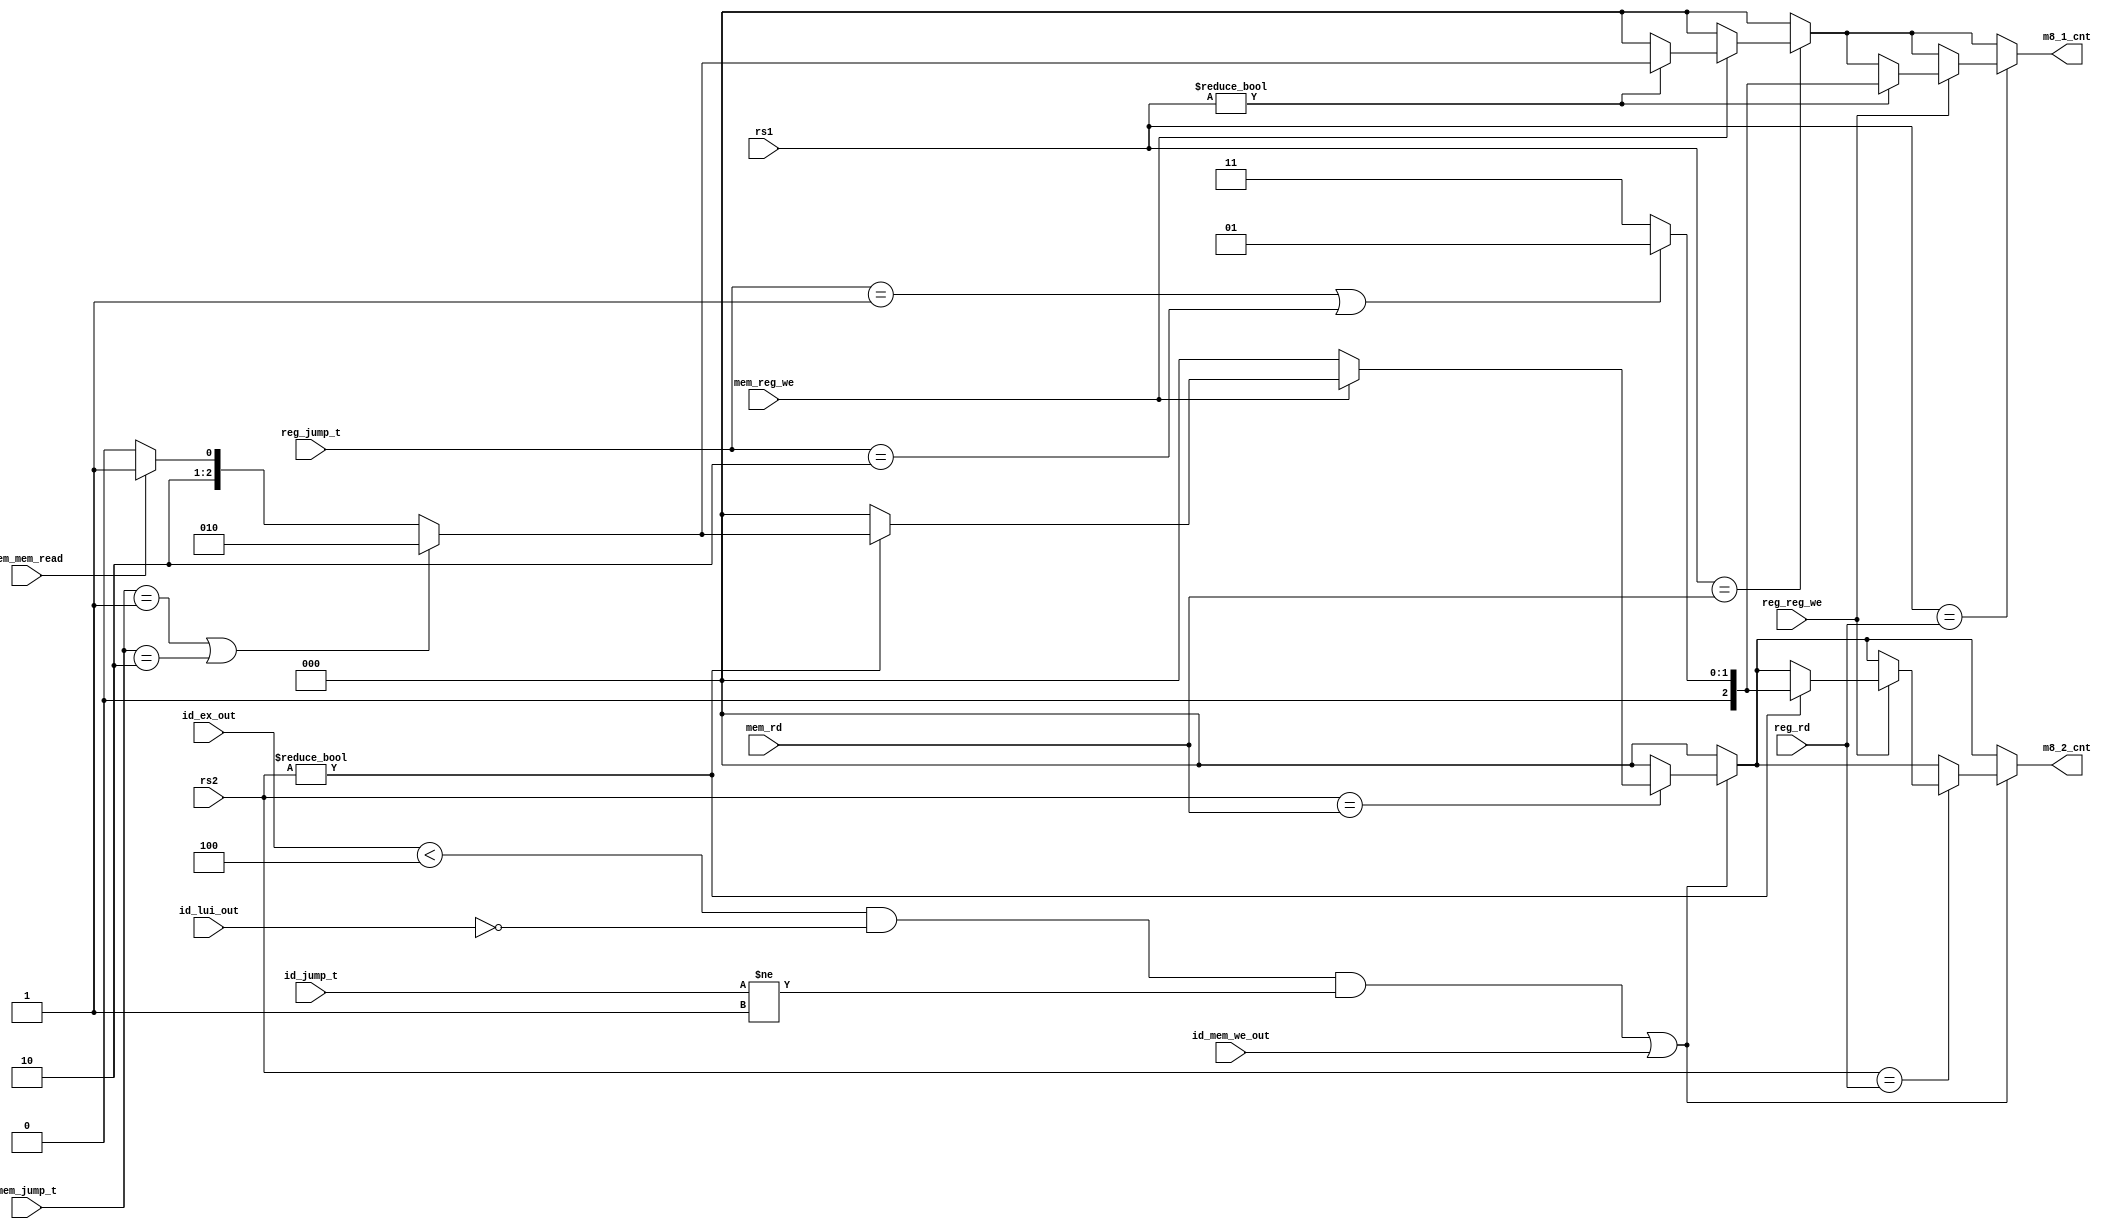
module DataForwarding(id_jump_t, id_mem_we_out, id_ex_out, id_lui_out, rs1, rs2, reg_rd, mem_rd, reg_reg_we, mem_reg_we, mem_mem_read, reg_jump_t, mem_jump_t, m8_1_cnt, m8_2_cnt);
    parameter NO_JUMP = 2'b00;
    parameter JAL = 2'b01;
    parameter JAL_R = 2'b10;

    input [4:0] rs1, rs2, reg_rd, mem_rd;
    input [1:0] reg_jump_t, mem_jump_t, id_jump_t;
    input reg_reg_we, mem_reg_we, mem_mem_read, id_lui_out;
    input id_mem_we_out;
    input [2:0] id_ex_out;
    output reg [2:0] m8_1_cnt, m8_2_cnt;
    wire IS_RS2_VALID;
    assign IS_RS2_VALID = (id_ex_out<3'd4 & ~id_lui_out & id_jump_t != JAL) | id_mem_we_out;

    always@(rs1, rs2, reg_rd, mem_rd, reg_jump_t, mem_jump_t)begin
        {m8_1_cnt, m8_2_cnt} = 6'b0;

        if (rs1 == mem_rd)begin
            if (mem_reg_we == 1'b1)begin
                if (rs1 != 5'b0)begin
                    if (mem_jump_t == JAL | mem_jump_t == JAL_R)begin
                        m8_1_cnt = 3'b010;
                    end
                    else if (mem_mem_read == 1'b1)
                        m8_1_cnt = 3'b101;
                    else begin
                        m8_1_cnt = 3'b100;
                    end
                end
            end
        end

        if (rs1 == reg_rd)begin
            if (reg_reg_we == 1'b1)begin
                if (rs1 != 5'b0)begin
                    if (reg_jump_t == JAL | reg_jump_t == JAL_R)begin
                        m8_1_cnt = 3'b001;
                    end
                    else begin
                        m8_1_cnt = 3'b011;
                    end
                end
            end
        end

        if (IS_RS2_VALID)begin
            if (rs2 == mem_rd)begin
                if (mem_reg_we == 1'b1)begin
                    if (rs2 != 5'b0)begin
                        if (mem_jump_t == JAL | mem_jump_t == JAL_R)begin
                            m8_2_cnt = 3'b010;
                        end
                        else if (mem_mem_read == 1'b1)
                            m8_2_cnt = 3'b101;
                        else begin
                            m8_2_cnt = 3'b100;
                        end
                    end
                end
            end
        end

        if (IS_RS2_VALID)begin
            if (rs2 == reg_rd)begin
                if (reg_reg_we == 1'b1)begin
                    if (rs2 != 5'b0)begin
                        if (reg_jump_t == JAL | reg_jump_t == JAL_R)begin
                            m8_2_cnt = 3'b001;
                        end
                        else begin
                            m8_2_cnt = 3'b011;
                        end
                    end
                end
            end
        end

    end

endmodule